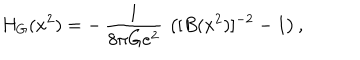
H _ { G } ( x ^ { 2 } ) = - \, { \frac { 1 } { 8 \pi G e ^ { 2 } } } \, \left( [ B ( x ^ { 2 } ) ] ^ { - 2 } - 1 \right) ,